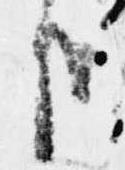
哉